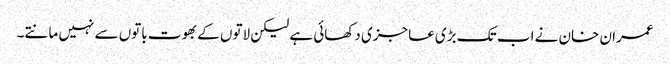
عمران خان نے اب تک بڑی عاجزی دکھائی ہے لیکن لاتوں کے بھوت باتوں سے نہیں مانتے۔